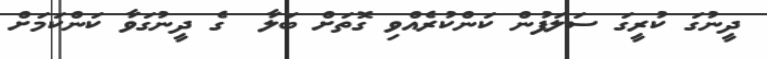
ދީނުގަ ކުރީގަ ސަލަފުން ކަންކުރެއްވި ގޮތަށް ބަލާ  ގެ ދީނުގަވާ ކަންކަމަށް